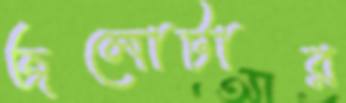
জলোটার